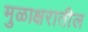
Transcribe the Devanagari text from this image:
मुळाक्षरातील